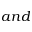
a n d